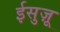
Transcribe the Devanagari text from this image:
ईसुज़ू